Annual report of the Punjab Veterinary College and of the Civil Veterinary Department, Punjab - 1920-1925
Year: 1920
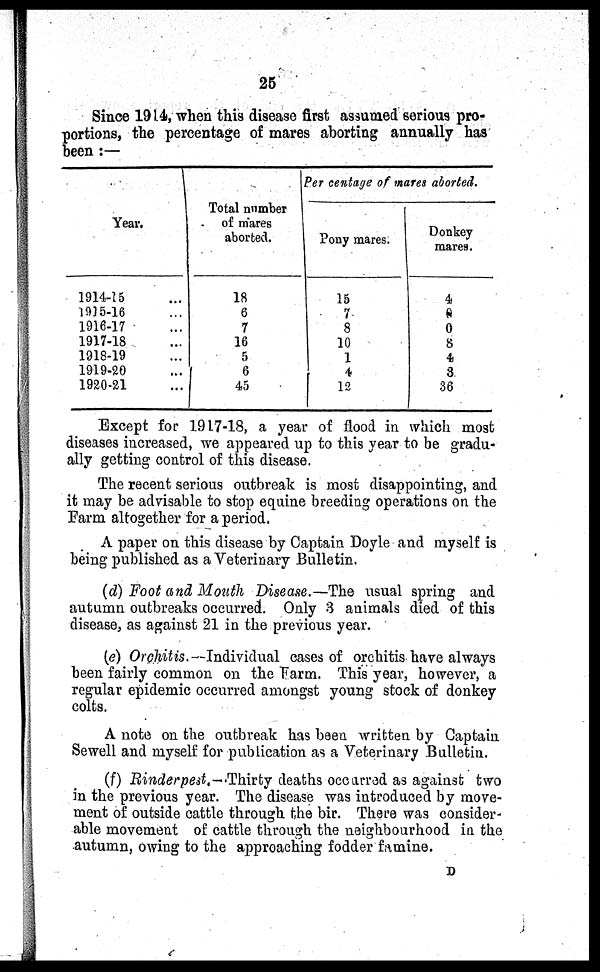
25
Since 1914, when this disease first assumed serious pro-
portions, the percentage of mares aborting annually has
been:—
Year.
1914-15
1915-16
1916-17
1917-18
1918-19
1919-20
1920-21
Total number
of mares
aborted.
18
6
7
16
5
6
45
Per centage of wares aborted.
Pony mares.
15
7
8
10
1
4
12
Donkey
mares.
4
0
0
8
4
3
36
Except for 1917-18, a year of flood in which most
diseases increased, we appeared up to this year to be gradu-
ally getting control of this disease.
The recent serious outbreak is most disappointing, and
it may be advisable to stop equine breeding operations on the
Farm altogether for a period.
A paper on this disease by Captain Doyle and myself is
being published as a Veterinary Bulletin.
(d) Foot and Mouth Disease.—The usual spring and
autumn outbreaks occurred. Only 3 animals died of this
disease, as against 21 in the previous year.
(e) Orchitis,— Individual cases of orchitis have always
been fairly common on the Farm. This year, however, a
regular epidemic occurred amongst young stock of donkey
colts.
A note on the outbreak has been written by Captain
Sewell and myself for publication as a Veterinary Bulletin.
(f) Rinderpest.—Thirty deaths occurred as against two
in the previous year. The disease was introduced by move-
ment of outside cattle through the bir. There was consider-
able movement of cattle through the neighbourhood in the
autumn, owing to the approaching fodder famine.
D